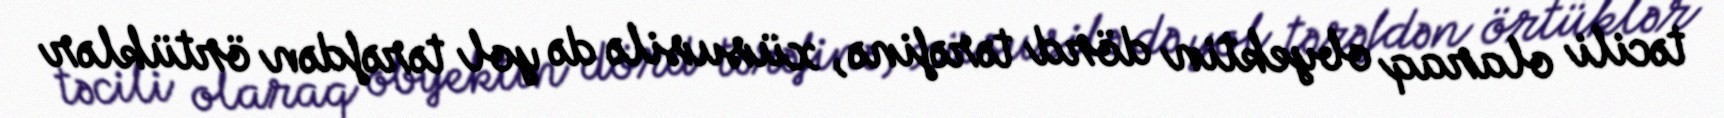
təcili olaraq obyektin dörd tərəfinə, xüsusilə də yol tərəfdən örtüklər